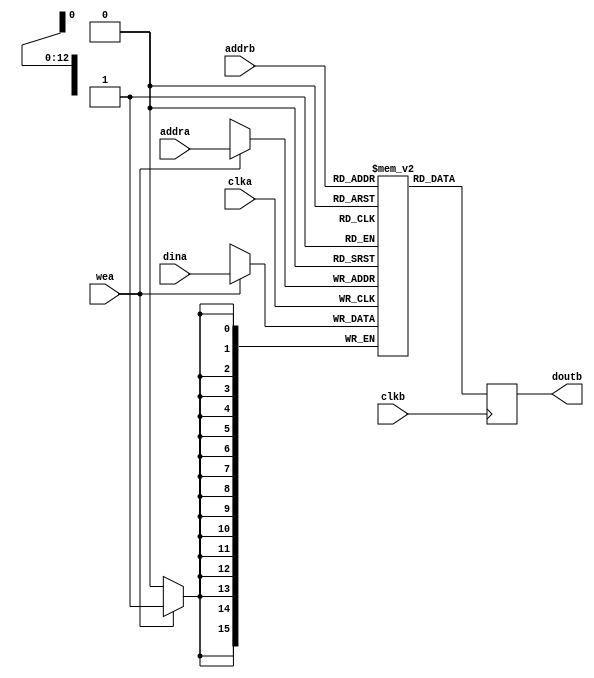
//=============================================================================================
// Module:   Daul Port RAM
// Describe: 
// Notes:    
//=============================================================================================

module dpram4096x16
#(
	parameter DATA_WIDTH = 16, 
	parameter ADDR_WIDTH = 13
)
(
	input clka,clkb,
	input wea,
	input [(DATA_WIDTH-1):0] dina,
	input [(ADDR_WIDTH-1):0] addra, addrb,
	output reg [(DATA_WIDTH-1):0] doutb
);

	// Declare the RAM variable
	reg [DATA_WIDTH-1:0] ram[2**ADDR_WIDTH-1:0];

	always @ (posedge clka)
	begin
		if (wea) 
		begin
			ram[addra] <= dina;
		end
	end 

	always @ (posedge clkb)
	begin
		begin
			doutb <= ram[addrb];
		end
	end 

endmodule